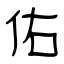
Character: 佑